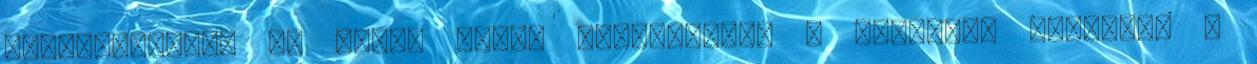
fejcsóválást, én pedig ismét felnevetek. - Üdvözlök mindenki a